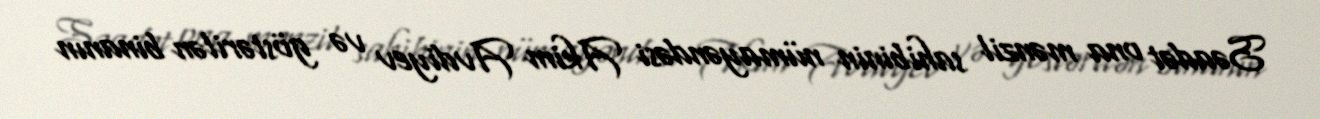
Səadət ona mənzil sahibinin nümayəndəsi Akim Avdiyev və göstərilən binanın